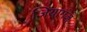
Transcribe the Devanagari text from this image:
जियागंज